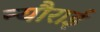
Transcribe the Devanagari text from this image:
न्यौराई